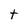
Character: t